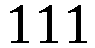
111